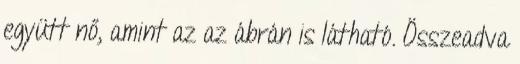
együtt nő, amint az az ábrán is látható. Összeadva